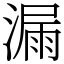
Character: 漏